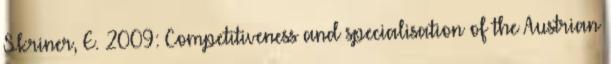
Skriner, E. 2009: Competitiveness and specialisation of the Austrian